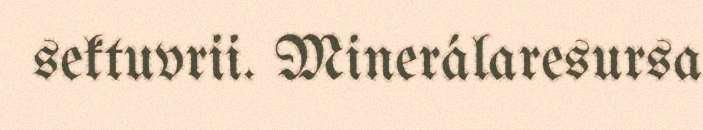
sektuvrii. Minerálaresursa